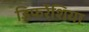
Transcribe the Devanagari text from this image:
डिफरेंशिया